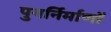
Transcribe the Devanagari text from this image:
पुनर्निर्माणों